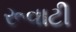
રૂવાટી